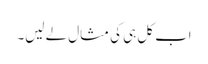
اب کل ہی کی مثال لے لیں۔